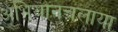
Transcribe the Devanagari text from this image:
अभियानचलाया